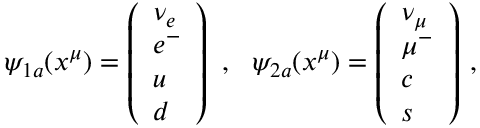
\psi _ { 1 a } ( x ^ { \mu } ) = \left( \begin{array} { l } { { \nu _ { e } } } \\ { { e ^ { - } } } \\ { { u } } \\ { { d } } \end{array} \right) ~ , ~ ~ \psi _ { 2 a } ( x ^ { \mu } ) = \left( \begin{array} { l } { { \nu _ { \mu } } } \\ { { \mu ^ { - } } } \\ { { c } } \\ { { s } } \end{array} \right) \, ,